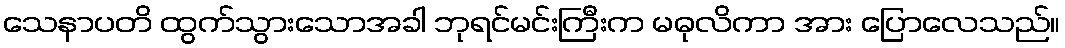
သေနာပတိ ထွက်သွားသောအခါ ဘုရင်မင်းကြီးက မဓုလိကာ အား ပြောလေသည်။